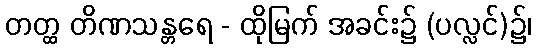
တတ္ထ တိဏသန္တရေ - ထိုမြက် အခင်း၌ (ပလ္လင်)၌၊